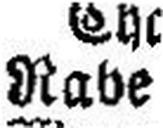
Rabe